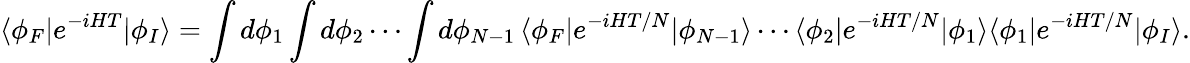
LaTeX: \langle\phi_{F}|e^{-iHT}|\phi_{I}\rangle=\int d\phi_{1}\int d\phi_{2}\cdots\int d\phi_{N-1}\, \langle\phi_{F}|e^{-iHT/N}|\phi_{N-1}\rangle\cdots\langle\phi_{2}|e^{-iHT/N}|\phi_{1}\rangle\langle\phi_{1}|e^{-iHT/N}|\phi_{I}\rangle.